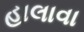
હાલાવા